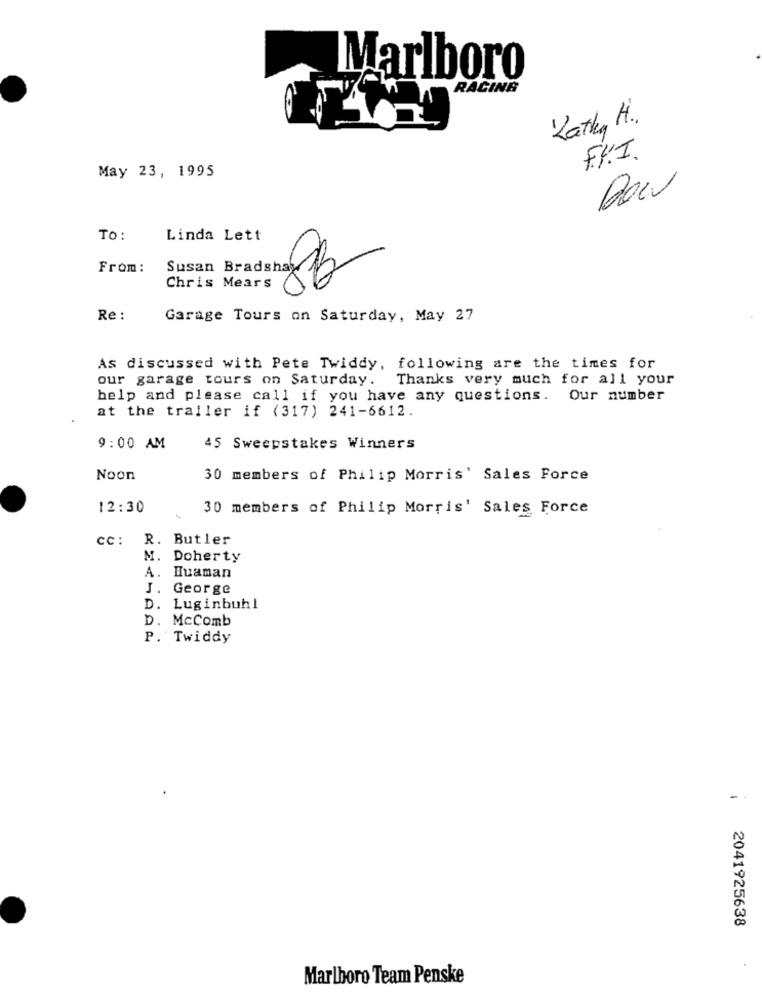
Marlboro
WER RACING
Kathy H.
F.R.I.
May 23, 1995
TO:
Linda Lett
From :
Susan Bradshaw
Chris Mears
Re :
Garage Tours on Saturday, May 27
As discussed with Pete Twiddy, following are the times for
our garage tours on Saturday. Thanks very much for all your
help and please call if you have any questions. Our number
at the trailer if (317) 241-6612.
9:00 AM
45 Sweepstakes Winners
Noon
30 members of Philip Morris' Sales Force
12:30
30 members of Philip Morris' Sales Force
CC:
R. Butler
M. Doherty
A. Huaman
J. George
D. Luginbuhl
D. McComb
P. Twiddy
2041925638
Marlboro Team Penske